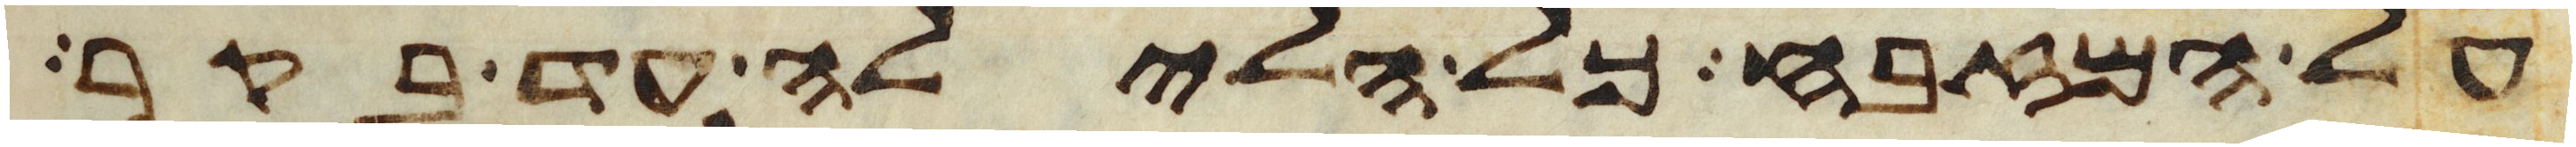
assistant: על המזבח כל הלילה עד בקר